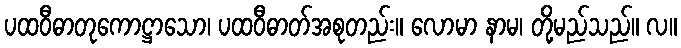
ပထဝီဓာတုကောဋ္ဌာသော၊ ပထဝီဓာတ်အစုတည်း။ လောမာ နာမ၊ တို့မည်သည်။ လ။